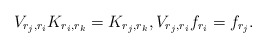
\begin{align*} V_{r_j,r_i}K_{r_i,r_k}=K_{r_j,r_k}, V_{r_j,r_i}f_{r_i}=f_{r_j}. \end{align*}